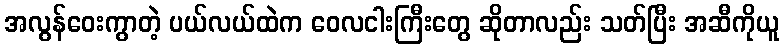
အလွန်ဝေးကွာတဲ့ ပယ်လယ်ထဲက ဝေလငါးကြီးတွေ ဆိုတာလည်း သတ်ပြီး အဆီကိုယူ